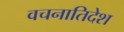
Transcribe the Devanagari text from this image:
वचनातिदेश